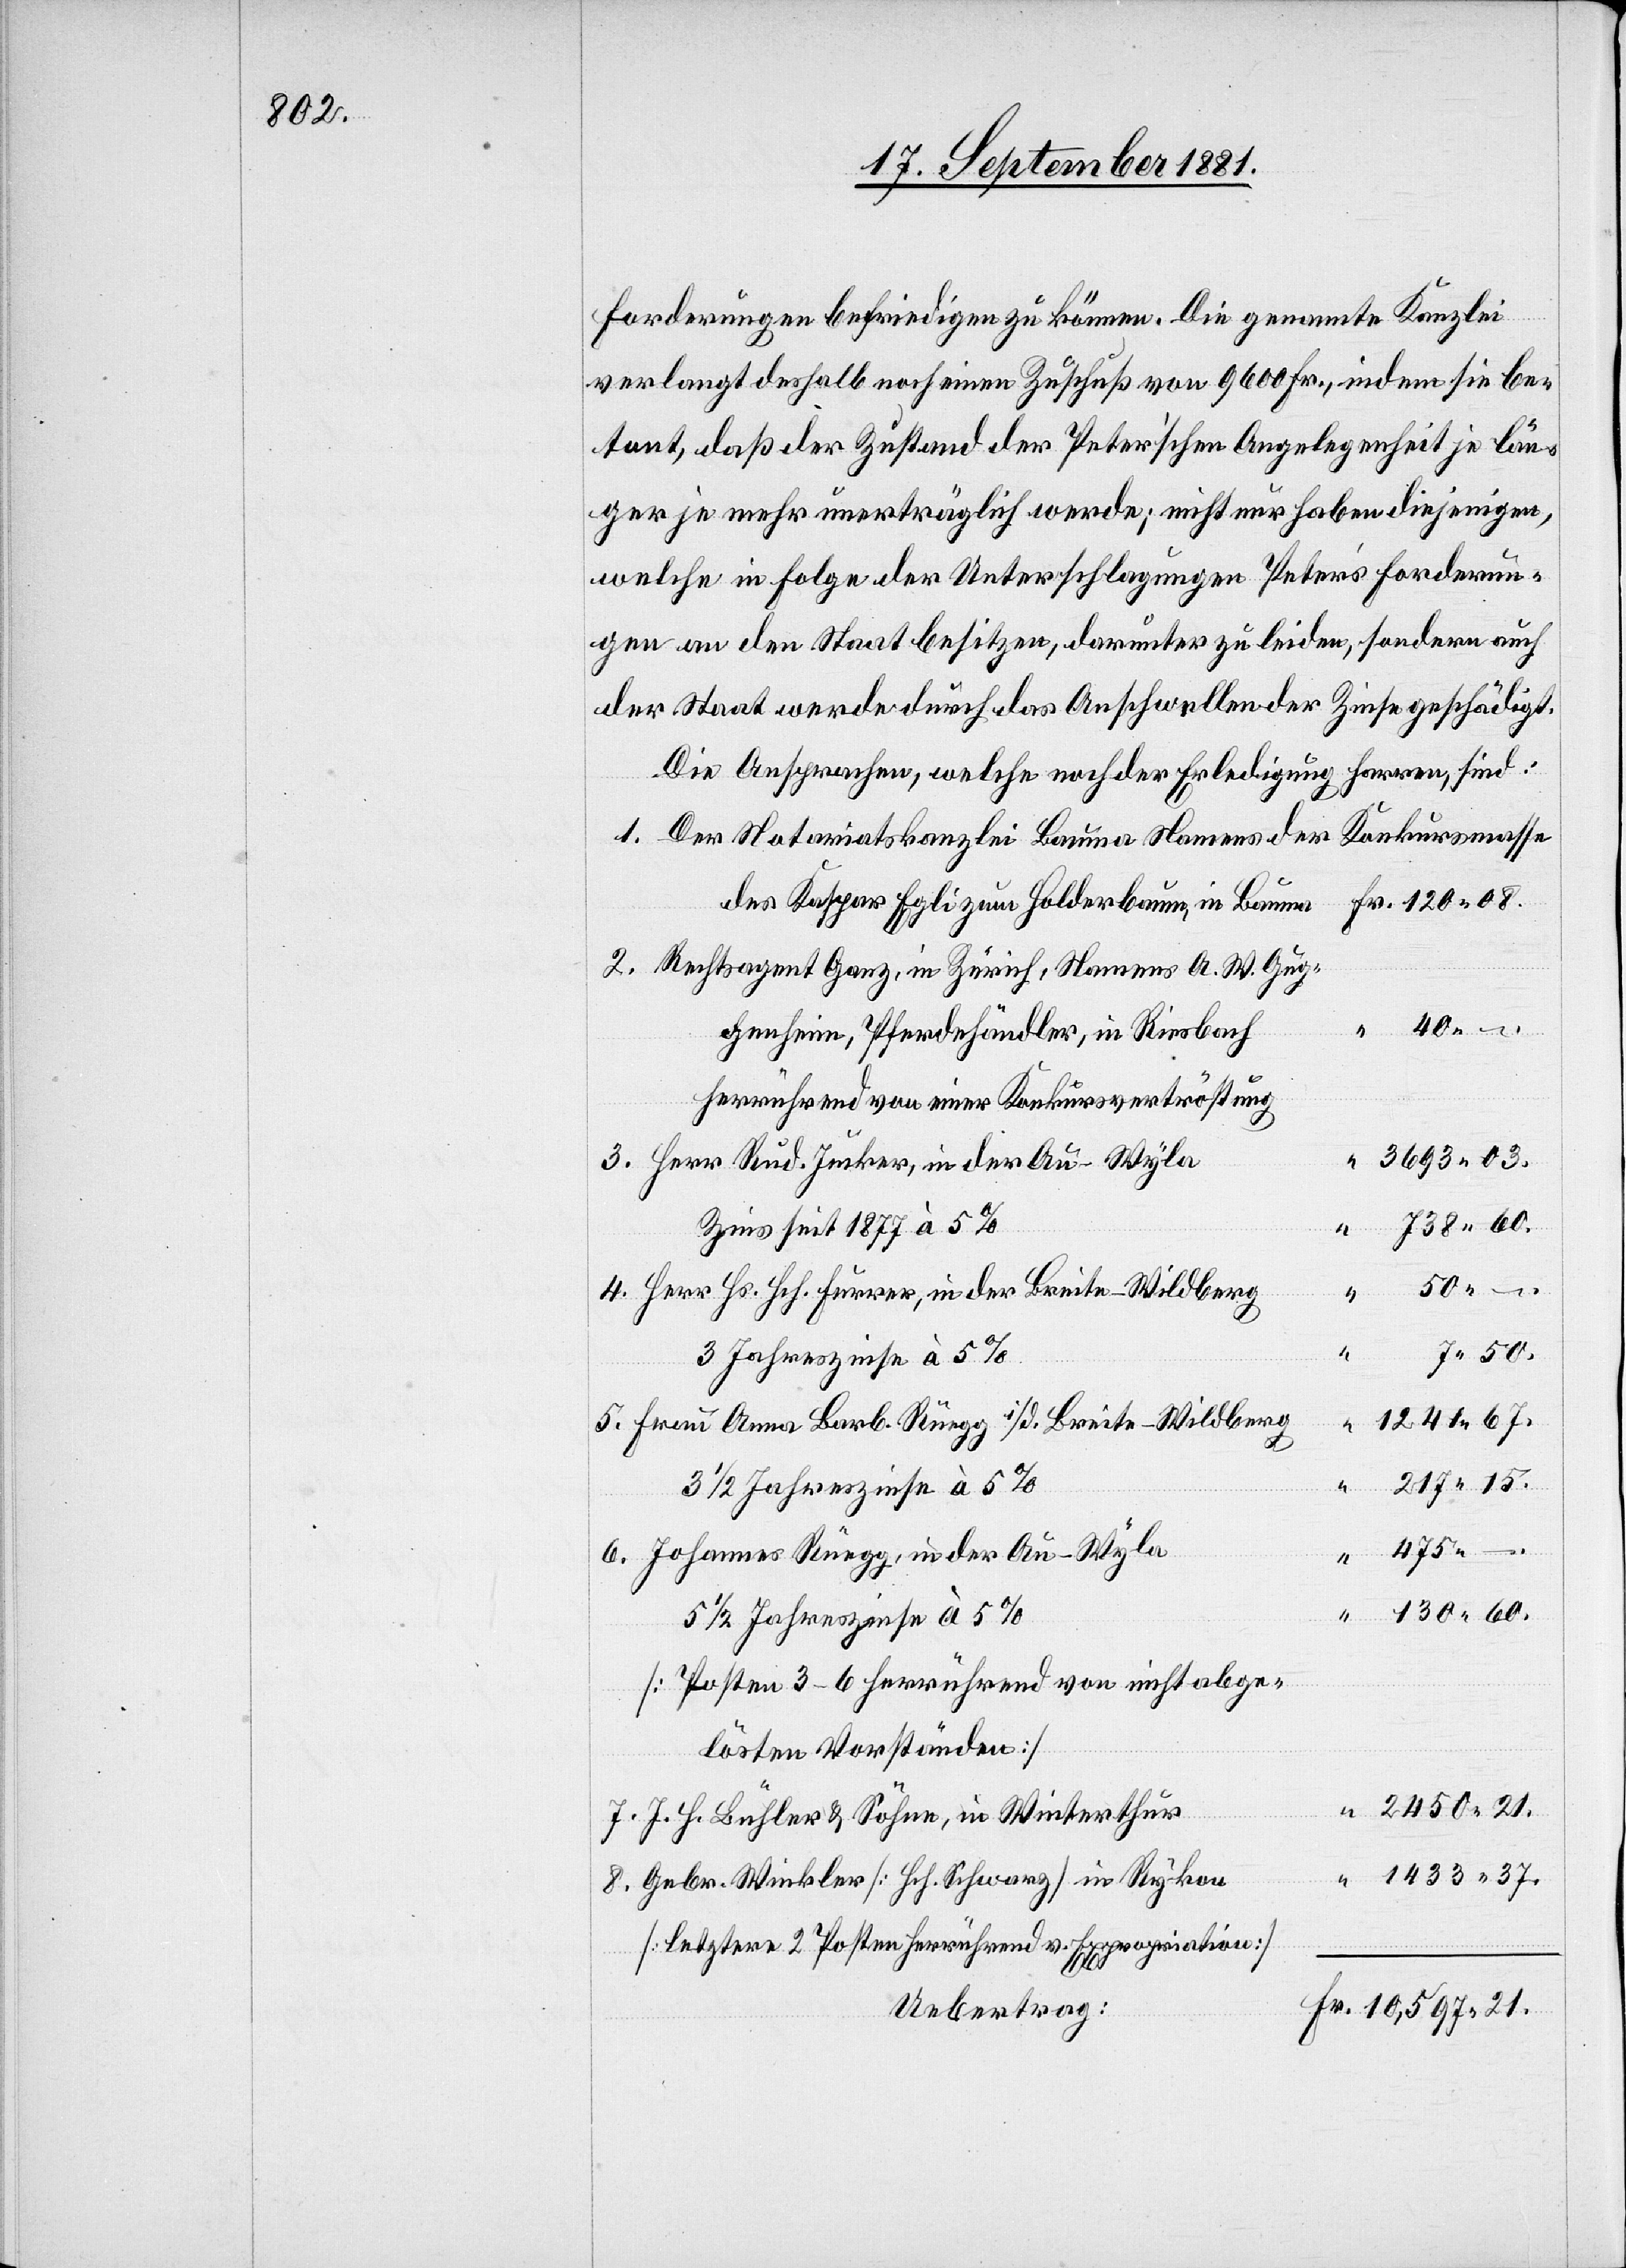
03.

Forderungen befriedigen zu können. Die genannte Kanzlei
verlangt deshalb noch einen Zuschuß von 9600 Fr, indem sie be¬
tont, daß der Zustand der Peter’schen Angelegenheit je län¬
ger je mehr unerträglich werde; nicht nur haben diejenigen,
welche in Folge der Unterschlagungen Peter’s Forderun¬
gen an den Staat besitzen, darunter zu leiden, sondern auch
der Staat werde durch das Anschwellen der Zinse geschädigt.
Die Ansprachen, welche noch der Erledigung harren, sind:
Konkursmasse
Der Notariatskanzlei Bauma Namens der
des Kaspar Egli zum Holderbaum, in Baume
Rechtsagent Ganz, in Zürich, Namens A. W. Gu¬
ghenheim, Pferdehändler, in Riesbach
Herr Rud. Jucker, in der Au - Wyla
Zins seit 1877 à 5%
Herr Hs. Hch. Furrer, in der Breite - Wildberg
15.
7.
4.
3 Jahreszinse à 5%
5.
Frau Anna Barb. Rüegg i/d. Breite - Wildberg
475
Johannes Rüegg, in der Au - Wyla
21.
5 1/2 Jahreszinse à 5%
[Posten 3–6 herrührend von nicht abge¬
lösten Vorständen]
J. H. Bühler & Söhne, in Winterthur
Gebr. Winkler [Hch. Schwarz] in Rykon
[letztere 2 Posten herrührend v. Expropriation]
Uebertrag: